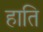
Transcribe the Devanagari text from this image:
हाति